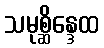
သမုစ္ဆိန္ဒေထ